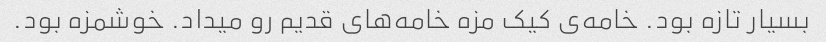
بسیار تازه بود. خامه‌ی کیک مزه خامه‌های قدیم رو میداد. خوشمزه بود.